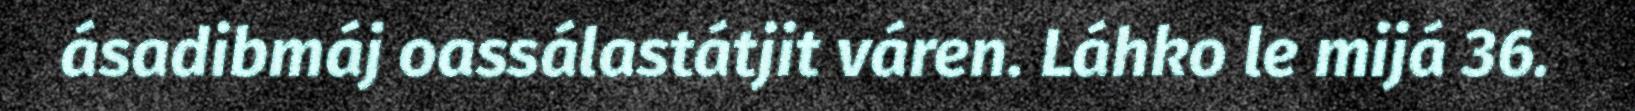
ásadibmáj oassálastátjit váren. Láhko le mijá 36.